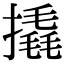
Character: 撬